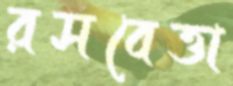
রসবেত্তা